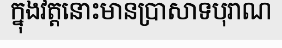
ក្នុងវត្តនោះមានប្រាសាទបុរាណ